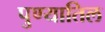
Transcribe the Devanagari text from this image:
पुण्यातिल